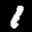
Label: 1